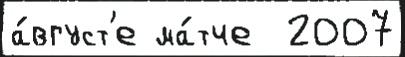
а́вгуст'е ма́тче  2007